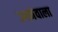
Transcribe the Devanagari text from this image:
उगनेवाला